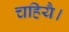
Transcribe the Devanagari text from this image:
चहियै।